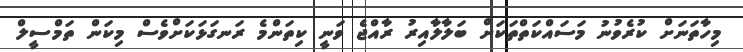
މިހާތަނަށް ކުރެވުނު މަސައްކަތްތަކަށް ބަލާލާއިރު ރާއްޖެ ވަނީ ކިތަންމެ ރަނގަޅަކަށްވެސް މިކަން ތަމްސީލް